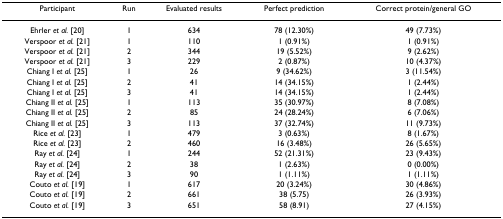
<table><thead><tr><td><b>Participant</b></td><td><b>Run</b></td><td><b>Evaluated results</b></td><td><b>Perfect prediction</b></td><td><b>Correct protein/general GO</b></td></tr></thead><tbody><tr><td>Ehrler <i>et al. </i>[20]</td><td>1</td><td>634</td><td>78 (12.30%)</td><td>49 (7.73%)</td></tr><tr><td>Verspoor <i>et al. </i>[21]</td><td>1</td><td>110</td><td>1 (0.91%)</td><td>1 (0.91%)</td></tr><tr><td>Verspoor <i>et al. </i>[21]</td><td>2</td><td>344</td><td>19 (5.52%)</td><td>9 (2.62%)</td></tr><tr><td>Verspoor <i>et al. </i>[21]</td><td>3</td><td>229</td><td>2 (0.87%)</td><td>10 (4.37%)</td></tr><tr><td>Chiang I <i>et al. </i>[25]</td><td>1</td><td>26</td><td>9 (34.62%)</td><td>3 (11.54%)</td></tr><tr><td>Chiang I <i>et al. </i>[25]</td><td>2</td><td>41</td><td>14 (34.15%)</td><td>1 (2.44%)</td></tr><tr><td>Chiang I <i>et al. </i>[25]</td><td>3</td><td>41</td><td>14 (34.15%)</td><td>1 (2.44%)</td></tr><tr><td>Chiang II <i>et al. </i>[25]</td><td>1</td><td>113</td><td>35 (30.97%)</td><td>8 (7.08%)</td></tr><tr><td>Chiang II <i>et al. </i>[25]</td><td>2</td><td>85</td><td>24 (28.24%)</td><td>6 (7.06%)</td></tr><tr><td>Chiang II <i>et al. </i>[25]</td><td>3</td><td>113</td><td>37 (32.74%)</td><td>11 (9.73%)</td></tr><tr><td>Rice <i>et al. </i>[23]</td><td>1</td><td>479</td><td>3 (0.63%)</td><td>8 (1.67%)</td></tr><tr><td>Rice <i>et al. </i>[23]</td><td>2</td><td>460</td><td>16 (3.48%)</td><td>26 (5.65%)</td></tr><tr><td>Ray <i>et al. </i>[24]</td><td>1</td><td>244</td><td>52 (21.31%)</td><td>23 (9.43%)</td></tr><tr><td>Ray <i>et al. </i>[24]</td><td>2</td><td>38</td><td>1 (2.63%)</td><td>0 (0.00%)</td></tr><tr><td>Ray <i>et al. </i>[24]</td><td>3</td><td>90</td><td>1 (1.11%)</td><td>1 (1.11%)</td></tr><tr><td>Couto <i>et al. </i>[19]</td><td>1</td><td>617</td><td>20 (3.24%)</td><td>30 (4.86%)</td></tr><tr><td>Couto <i>et al. </i>[19]</td><td>2</td><td>661</td><td>38 (5.75)</td><td>26 (3.93%)</td></tr><tr><td>Couto <i>et al. </i>[19]</td><td>3</td><td>651</td><td>58 (8.91)</td><td>27 (4.15%)</td></tr></tbody></table>